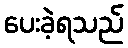
ပေးခဲ့ရသည်